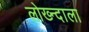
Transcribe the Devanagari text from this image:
लोख्न्दाला